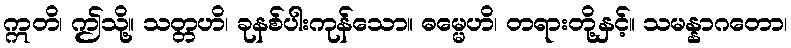
ဣတိ၊ ဤသို့။ သတ္တဟိ၊ ခုနစ်ပါးကုန်သော။ ဓမ္မေဟိ၊ တရားတို့နှင့်။ သမန္နာဂတော၊